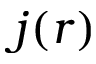
j ( r )